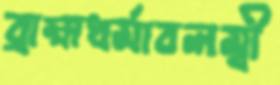
ব্রাহ্মধর্মাবলম্বী